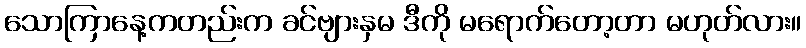
သောကြာနေ့ကတည်းက ခင်ဗျားနှမ ဒီကို မရောက်တော့တာ မဟုတ်လား။